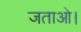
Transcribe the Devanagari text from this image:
जताओ।